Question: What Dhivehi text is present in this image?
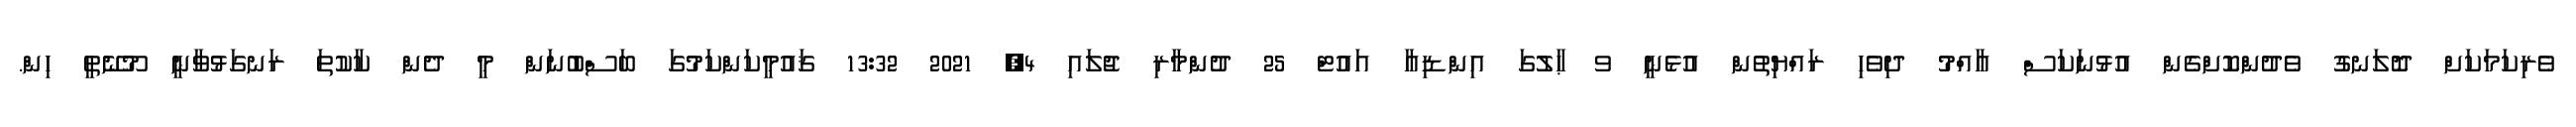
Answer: ވެރިކަމަކަށް ދޮލަނގު ވެދުންކޮށްގެން އުޅުނަކަސް ޢާއްމު ދިވެހި ރައްޔިތުން އުޅެނީ ވ ޙާލުގަ އިންޑިއާ އައުޓް 25 ދުންމާރި ޖުލައި 4, 2021 13:32 ޤައުމީކަންކަމުގަ ބަސްބުނަން މީ ދެން ކާކުތަ ރަނގަޅުވާނީ މޫނޭތީ ހިން.